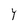
Character: Y